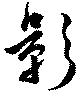
影